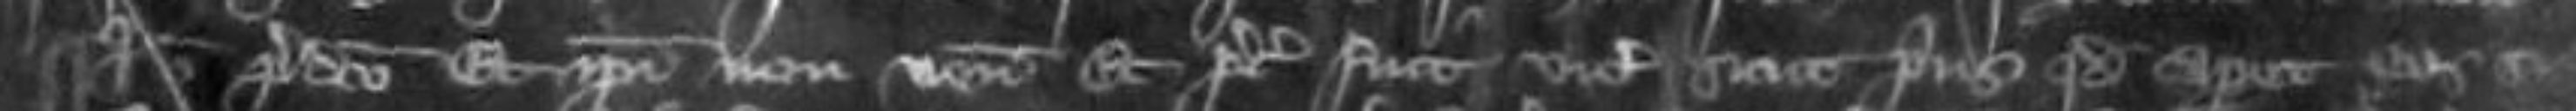
placito predicto et ipsi non veniunt et preceptum fuit vicecomiti sicut prius quod caperet eos si etc